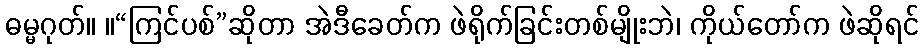
ဓမ္မဂုတ်။ ။“ကြင်ပစ်”ဆိုတာ အဲဒီခေတ်က ဖဲရိုက်ခြင်းတစ်မျိုးဘဲ၊ ကိုယ်တော်က ဖဲဆိုရင်